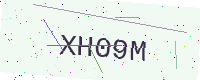
Text: XH09M